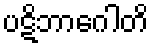
ပဋိဘာဂေါတိ